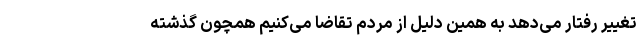
تغییر رفتار می‌دهد به همین دلیل از مردم تقاضا می‌کنیم همچون گذشته